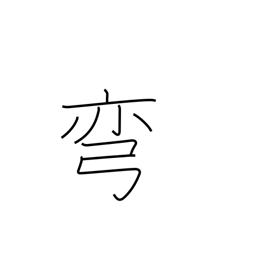
Meaning: curve